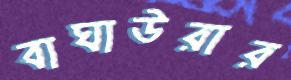
বাঘাউরার